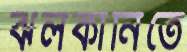
ঝলকানিতে